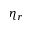
\eta _ { r }